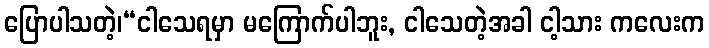
ပြောပါသတဲ့၊“ငါသေရမှာ မကြောက်ပါဘူး, ငါသေတဲ့အခါ ငါ့သား ကလေးက